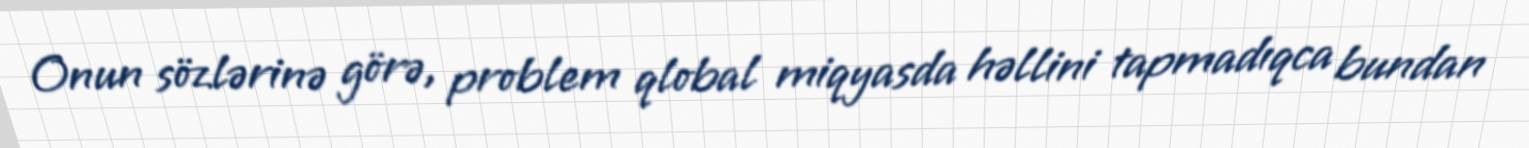
Onun sözlərinə görə, problem qlobal miqyasda həllini tapmadıqca bundan